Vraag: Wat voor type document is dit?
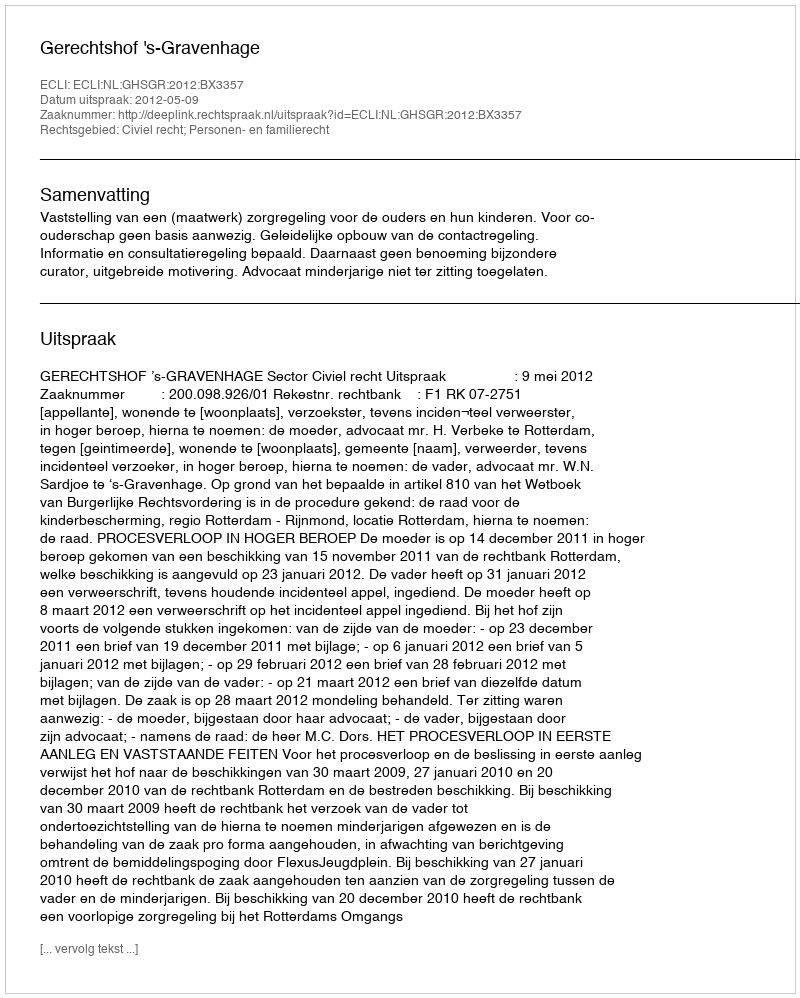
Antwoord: Uitspraak